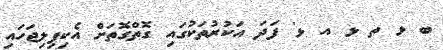
ބ ޅ ތ ޅ އ ޅ' ފަދަ އަކުރުތަކުގައި ގޮތްގޮތަށް އެކިފިލިޖަހައި